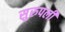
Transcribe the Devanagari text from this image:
सुरुपली